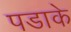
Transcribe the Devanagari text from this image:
पडाके